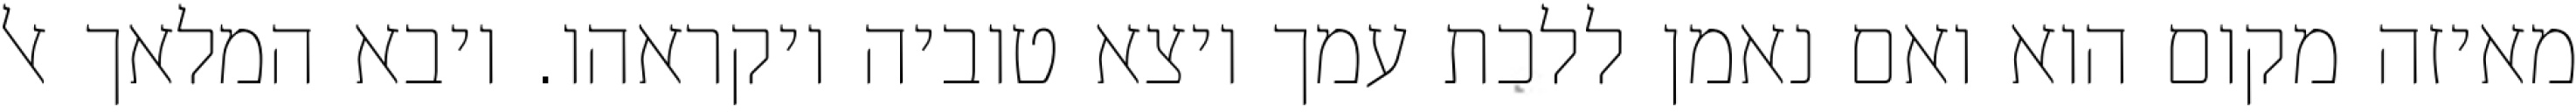
מאיזה מקום הוא ואם נאמן ללכת עמך ויצא טוביה ויקראהו. ויבא המלאך אל